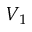
V _ { 1 }